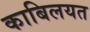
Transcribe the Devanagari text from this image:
काबिलयत